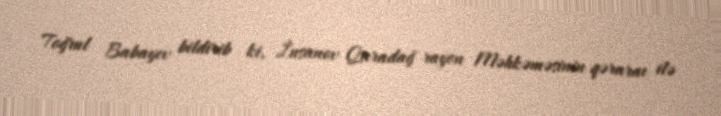
Toğrul Babayev bildirib ki, İnsanov Qaradağ rayon Məhkəməsinin qəraraı ilə